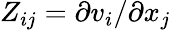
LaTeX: Z_{ij}=\partial v_{i}/\partial x_{j}